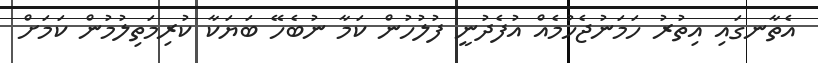
އެތާނގައި އިތުރު ހަމަނުޖެހުމެއް އުފެދުނީ ފުލުހުން ކަމާ ނުބެހޭ ބަޔަކާ ކުރިމަތިލުމުން ކަމަށް